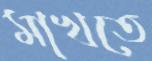
মাখতে